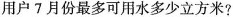
该用户7月份最多可用水多少立方米?